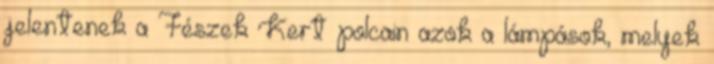
jelentenek a Fészek Kert polcain azok a lámpások, melyek